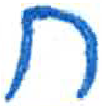
אות: ח